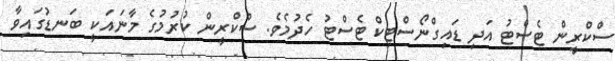
ސްކްރީން ޓެސްޓު އަދި ޑައިގްނޯސްޓިކް ޓެސްޓު ހެދުމެވެ. ސްކްރީން ކުރުމުގެ މާނައަކީ ބަނޑުގައިވާ